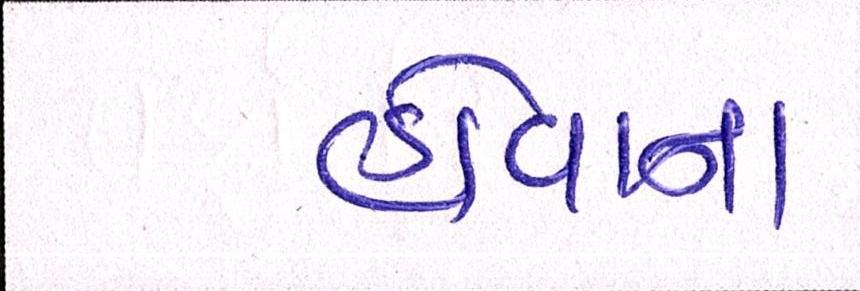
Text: હોવાનાં